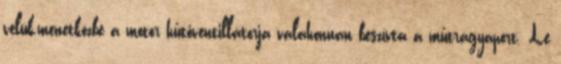
velük,menetközbe a motor hűtőventillátorja valahonnan beszívta a műtrágyaport. Le